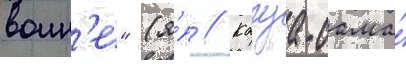
воин'е" (я́п // Кагуа-сама́